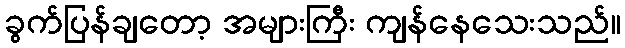
ခွက်ပြန်ချတော့ အများကြီး ကျန်နေသေးသည်။